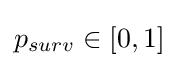
p_{surv}\in [0,1]